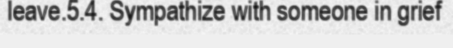
leave.5.4. Sympathize with someone in grief